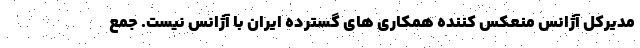
مدیرکل آژانس منعکس کننده همکاری های گسترده ایران با آژانس نیست. جمع